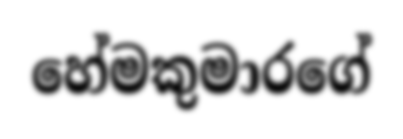
හේමකුමාරගේ